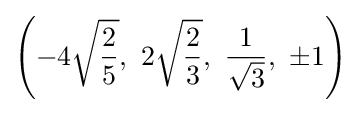
\left(-4{\sqrt {\frac {2}{5}}},\ 2{\sqrt {\frac {2}{3}}},\ {\frac {1}{\sqrt {3}}},\ \pm 1\right)